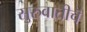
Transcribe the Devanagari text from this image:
सुरुवातीचॆ